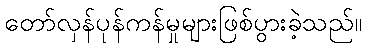
တော်လှန်ပုန်ကန်မှုများဖြစ်ပွားခဲ့သည်။